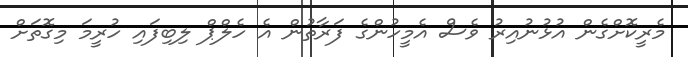
މެރީކޮށްގެން އުޅުނުއިރު ވެސް އެމީހުންގެ ފަރާތުން އެ ހެލްޕް ލިބިފައި ހުރީމަ މިގޮތަށް